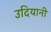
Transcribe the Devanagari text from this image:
उदियानी